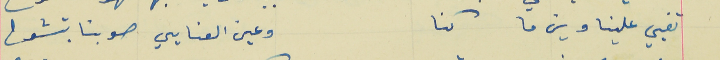
تفيي علينا وين ما كنا                                                 وعين العنايي صوبنا بتشوح